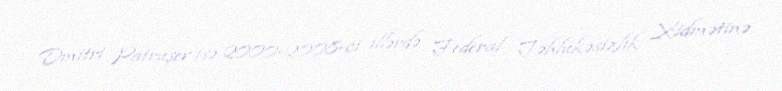
Dmitri Patruşev isə 2000-2008-ci illərdə Federal Təhlükəsizlik Xidmətinə